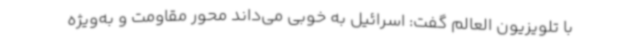
با تلویزیون العالم گفت: اسرائیل به خوبی می‌داند محور مقاومت و به‌ویژه